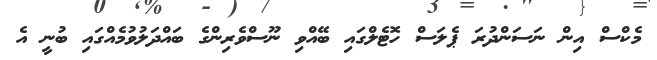
މެކްސް އިން ނަސަންދުރަ ޕެލަސް ހޮޓެލްގައި ބޭއްވި ނޫސްވެރިންގެ ބައްދަލުވުމެއްގައި ބުނީ އެ